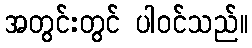
အတွင်းတွင် ပါဝင်သည်။